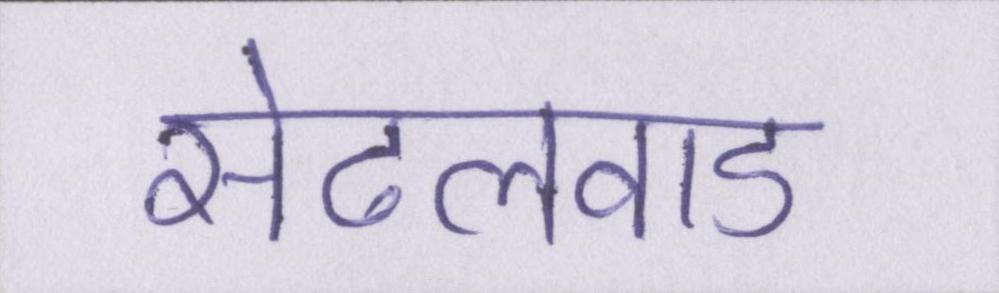
सेटलवाड